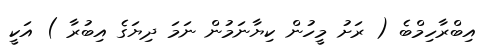
އިބްރާހިމްބެ ( ރަށު މީހުން ކިޔާނަމުން ނަމަ ދިޔަގެ އިބުރާ ) އަކީ